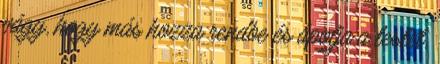
vágy, hogy más hozza rendbe és ápolja a testet,